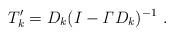
LaTeX: \begin{align*}T_k^\prime = D_k (I - {\it \Gamma} D_k)^{-1} \ .\end{align*}